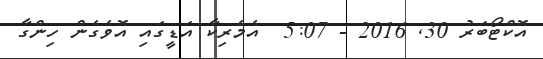
އޮކްޓޯބަރު 30